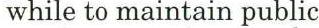
while to maintain public